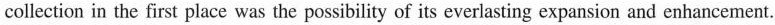
collection in the first place was the possibility of its everlasting expansion and enhancement.